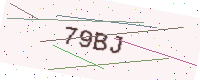
Text: 79BJ